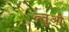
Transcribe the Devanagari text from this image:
त्न्तुओ